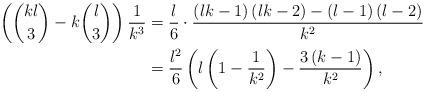
LaTeX: \begin{align*}\left( \binom{kl}{3}-k\binom{l}{3}\right) \frac{1}{k^{3}} & =\frac{l}{6}\cdot\frac{\left( lk-1\right) \left( lk-2\right) -\left( l-1\right)\left( l-2\right) }{k^{2}}\\& =\frac{l^{2}}{6}\left( l\left( 1-\frac{1}{k^{2}}\right) -\frac{3\left(k-1\right) }{k^{2}}\right) ,\end{align*}